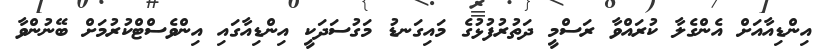
އިންޑިއާއަށް އެންގެލާ ކުރައްވާ ރަސްމީ ދަތުރުފުޅުގެ މައިގަނޑު މަގުސަދަކީ އިންޑިއާގައި އިންވެސްޓްކުރުމަށް ބޭނުންވާ